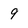
Character: 9